Education and care of mentally and physically defective children, 1937
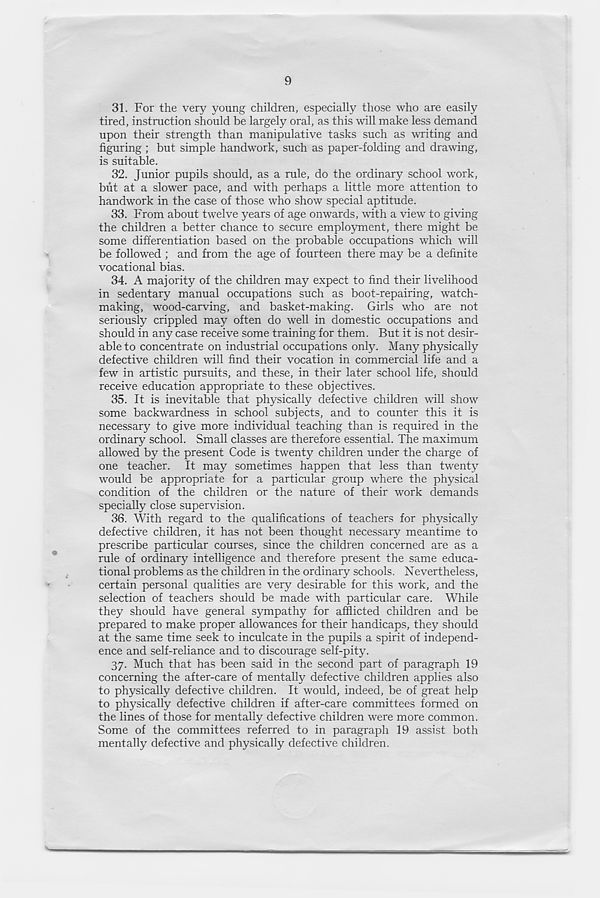
9
31. For the very young children, especially those who are easily
tired, instruction should be largely oral, as this will make less demand
upon their strength than manipulative tasks such as writing and
figuring ; but simple handwork, such as paper-folding and drawing,
is suitable.
32. Junior pupils should, as a rule, do the ordinary school work,
but at a slower pace, and with perhaps a little more attention to
handwork in the case of those who show special aptitude.
33. From about twelve years of age onwards, with a view to giving
the children a better chance to secure employment, there might be
some differentiation based on the probable occupations which will
be followed ; and from the age of fourteen there may be a definite
vocational bias.
34. A majority of the children may expect to find their livelihood
in sedentary manual occupations such as boot-repairing, watch-
making, wood-carving, and basket-making. Girls who are not
seriously crippled may often do well in domestic occupations and
should in any case receive some training for them. But it is not desir-
able to concentrate on industrial occupations only. Many physically
defective children will find their vocation in commercial life and a
few in artistic pursuits, and these, in their later school life, should
receive education appropriate to these objectives.
35. It is inevitable that physically defective children will show
some backwardness in school subjects, and to counter this it is
necessary to give more individual teaching than is required in the
ordinary school. Small classes are therefore essential. The maximum
allowed by the present Code is twenty children under the charge of
one teacher. It may sometimes happen that less than twenty
would be appropriate for a particular group where the physical
condition of the children or the nature of their work demands
specially close supervision.
36. With regard to the qualifications of teachers for physically
defective children, it has not been thought necessary meantime to
prescribe particular courses, since the children concerned are as a
rule of ordinary intelligence and therefore present the same educa-
tional problems as the children in the ordinary schools. Nevertheless,
certain personal qualities are very desirable for this work, and the
selection of teachers should be made with particular care. While
they should have general sympathy for afflicted children and be
prepared to make proper allowances for their handicaps, they should
at the same time seek to inculcate in the pupils a spirit of independ-
ence and self-reliance and to discourage self-pity.
37. Much that has been said in the second part of paragraph 19
concerning the after-care of mentally defective children applies also
to physically defective children. It would, indeed, be of great help
to physically defective children if after-care committees formed on
the lines of those for mentally defective children were more common.
Some of the committees referred to in paragraph 19 assist both
mentally defective and physically defective children.